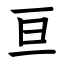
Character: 亘